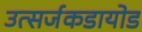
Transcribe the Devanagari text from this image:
उत्सर्जकडायोड